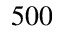
5 0 0